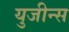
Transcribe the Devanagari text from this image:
युजीन्स